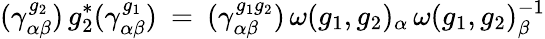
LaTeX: (\gamma_{\alpha\beta}^{g_{2}})\, g_{2}^{*}(\gamma_{\alpha\beta}^{g_{1}})\: =\: (\gamma_{\alpha\beta}^{g_{1}g_{2}})\, \omega(g_{1},g_{2})_{\alpha}\, \omega(g_{1},g_{2})_{\beta}^{-1}